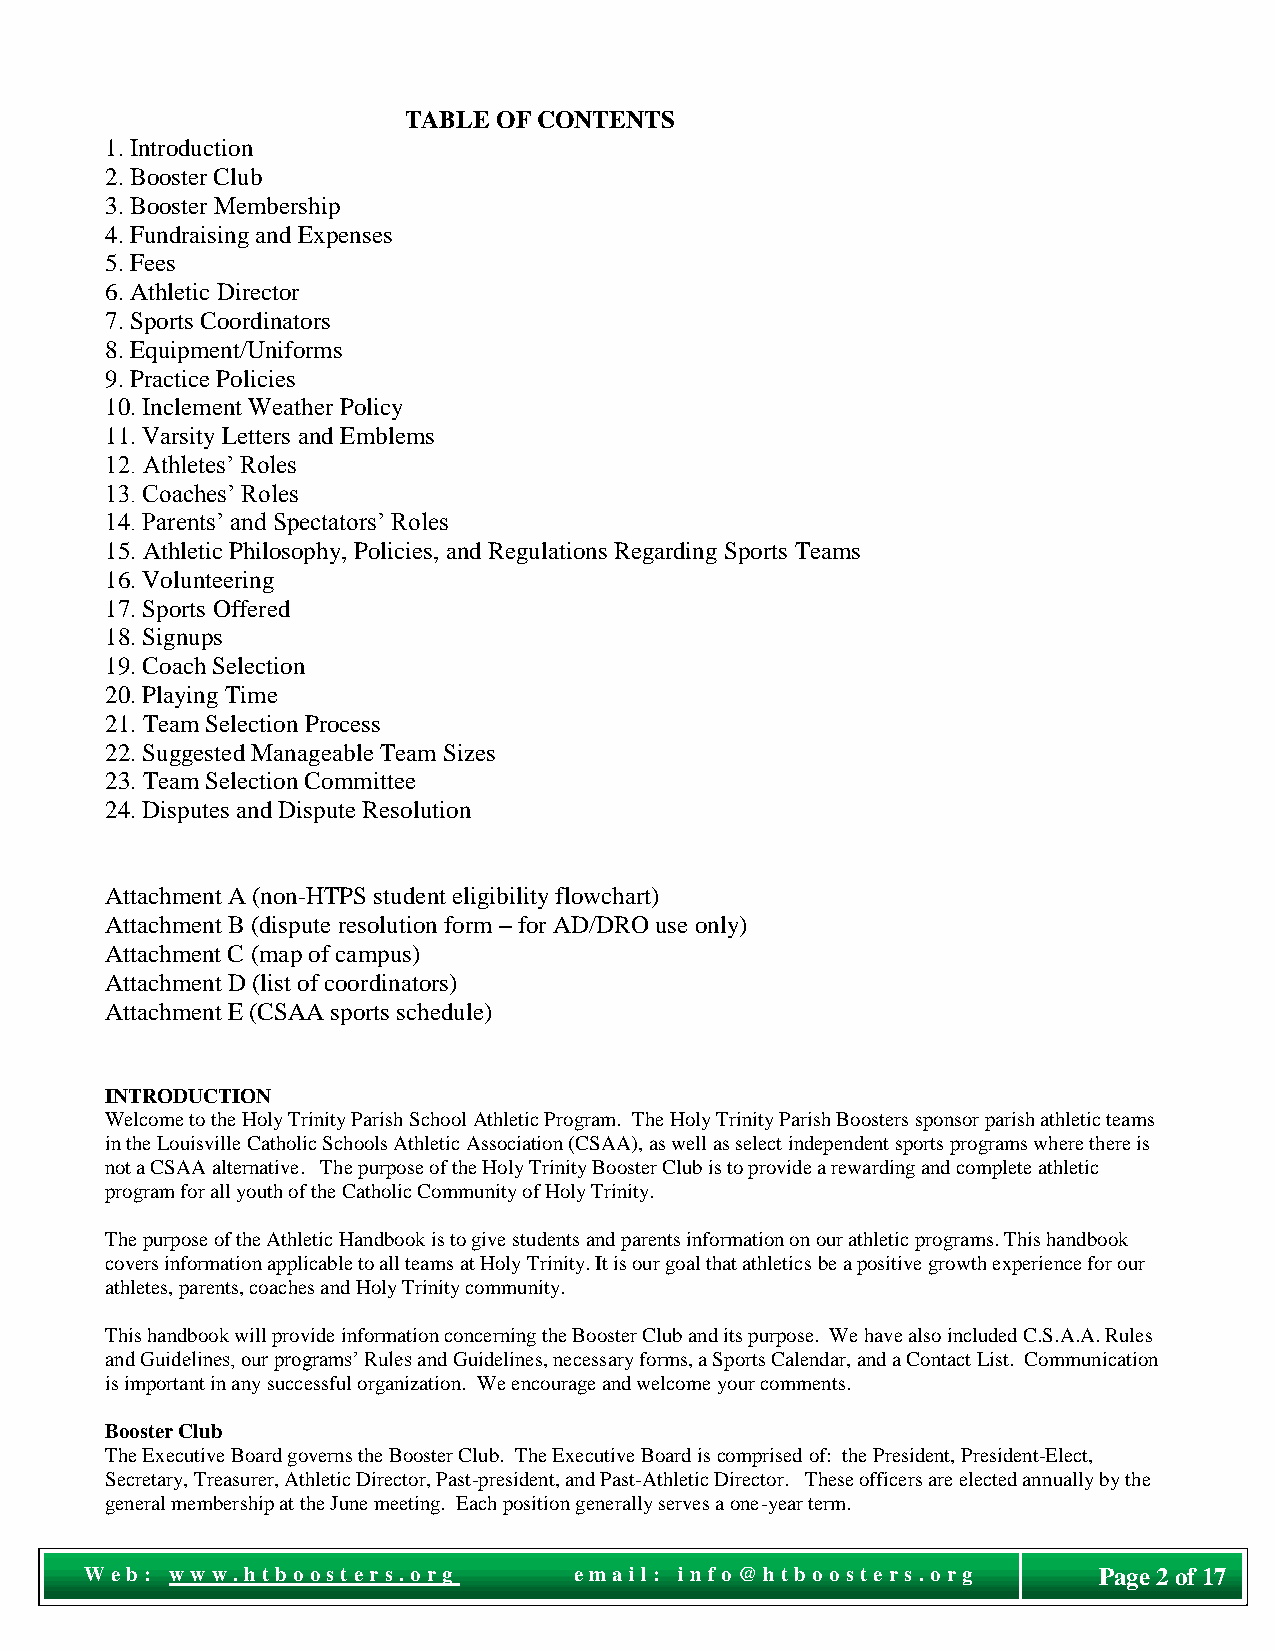
TABLE OF CONTENTS
 1. Introduction
 2. Booster Club
 3. Booster Membership
 4. Fundraising and Expenses
 5. Fees
 6. Athletic Director
 7. Sports Coordinators
 8. Equipment/Uniforms
 9. Practice Policies
 10. Inclement Weather Policy
 11. Varsity Letters and Emblems
 12. Athletes’ Roles
 13. Coaches’ Roles
 14. Parents’ and Spectators’ Roles
 15. Athletic Philosophy, Policies, and Regulations Regarding Sports Teams
 16. Volunteering
 17. Sports Offered
 18. Signups
 19. Coach Selection
 20. Playing Time
 21. Team Selection Process
 22. Suggested Manageable Team Sizes
 23. Team Selection Committee
 24. Disputes and Dispute Resolution
 Attachment A (non-HTPS student eligibility flowchart)
 Attachment B (dispute resolution form – for AD/DRO use only)
 Attachment C (map of campus)
 Attachment D (list of coordinators)
 Attachment E (CSAA sports schedule)
 INTRODUCTION
 Welcome to the Holy Trinity Parish School Athletic Program. The Holy Trinity Parish Boosters sponsor parish athletic teams
 in the Louisville Catholic Schools Athletic Association (CSAA), as well as select independent sports programs where there is
 not a CSAA alternative. The purpose of the Holy Trinity Booster Club is to provide a rewarding and complete athletic
 program for all youth of the Catholic Community of Holy Trinity.
 The purpose of the Athletic Handbook is to give students and parents information on our athletic programs. This handbook
 covers information applicable to all teams at Holy Trinity. It is our goal that athletics be a positive growth experience for our
 athletes, parents, coaches and Holy Trinity community.
 This handbook will provide information concerning the Booster Club and its purpose. We have also included C.S.A.A. Rules
 and Guidelines, our programs’ Rules and Guidelines, necessary forms, a Sports Calendar, and a Contact List. Communication
 is important in any successful organization. We encourage and welcome your comments.
 Booster Club
 The Executive Board governs the Booster Club. The Executive Board is comprised of: the President, President-Elect,
 Secretary, Treasurer, Athletic Director, Past-president, and Past-Athletic Director. These officers are elected annually by the
 general membership at the June meeting. Each position generally serves a one-year term.
 Pag
 We b : w ww . ht boost e r s. o r g e ma il: i nf o @ht bo o st e r s. o r g Page 2 of 17